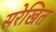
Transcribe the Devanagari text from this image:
सरेखित